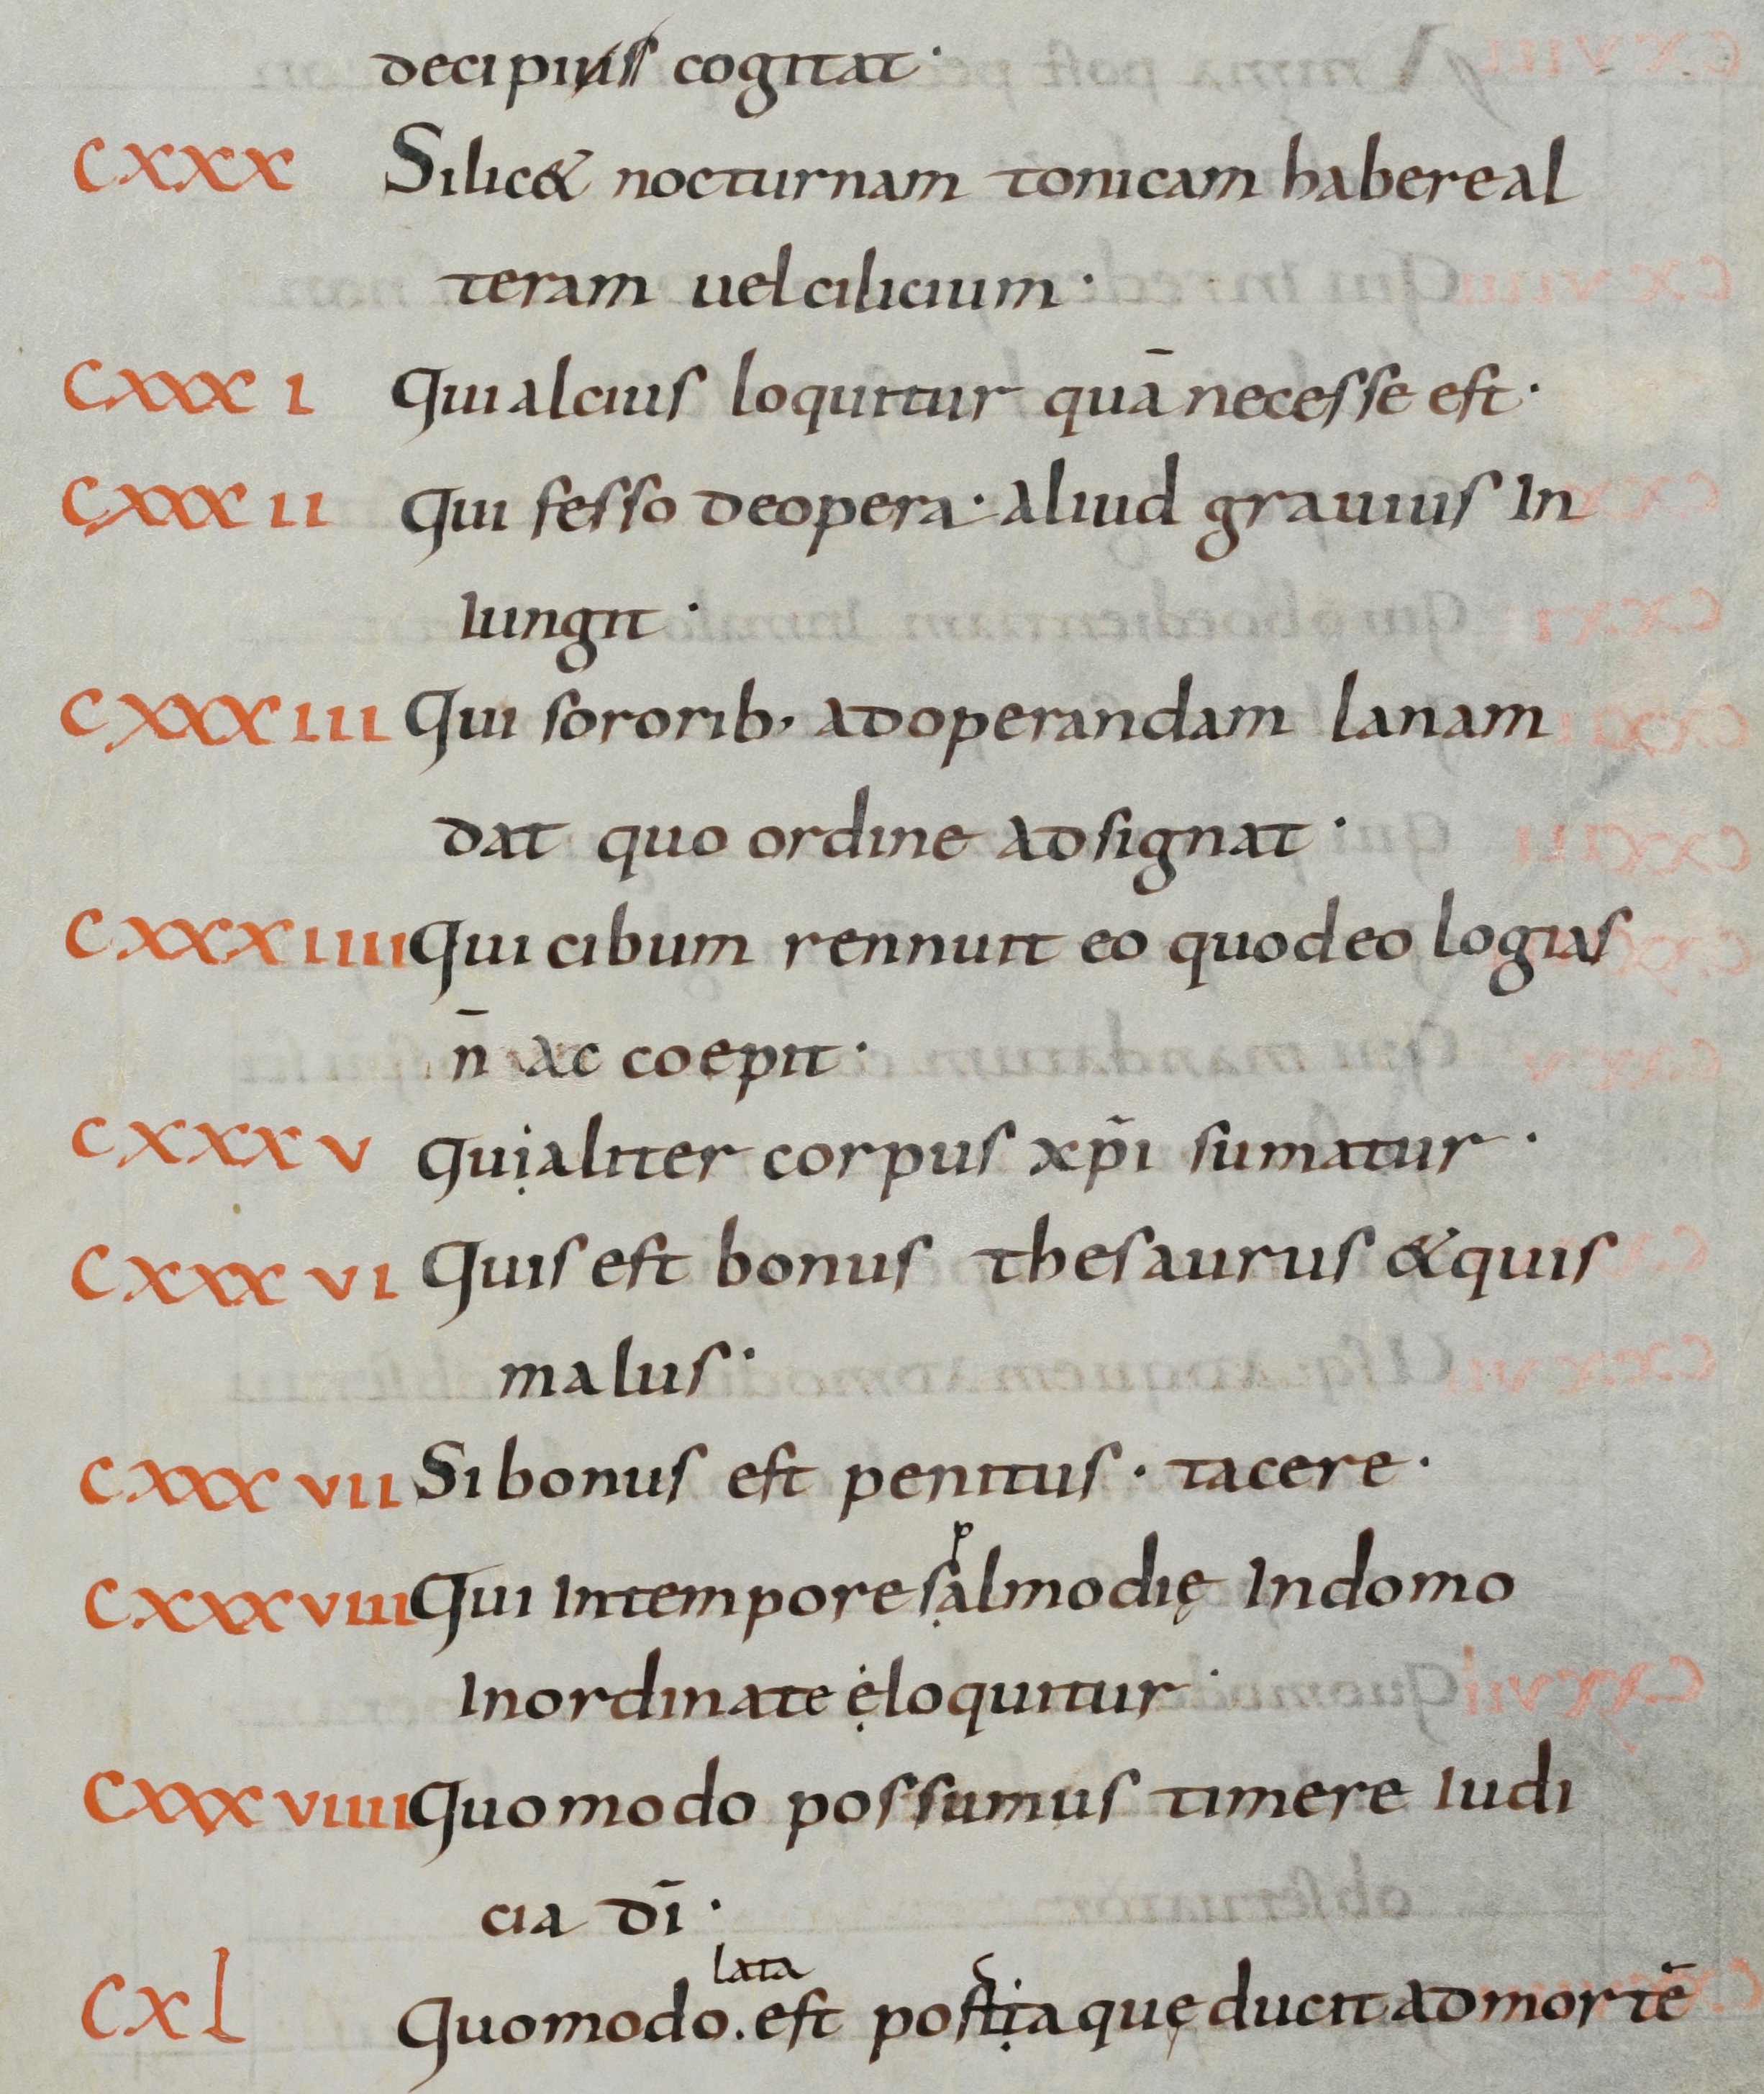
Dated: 800–899